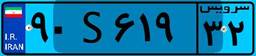
۳۶S۸۲۱۷۸